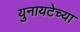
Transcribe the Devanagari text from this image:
युनायटेच्या